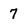
Character: 7